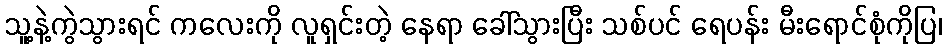
သူ့နဲ့ကွဲသွားရင် ကလေးကို လူရှင်းတဲ့ နေရာ ခေါ်သွားပြီး သစ်ပင် ရေပန်း မီးရောင်စုံကိုပြ၊